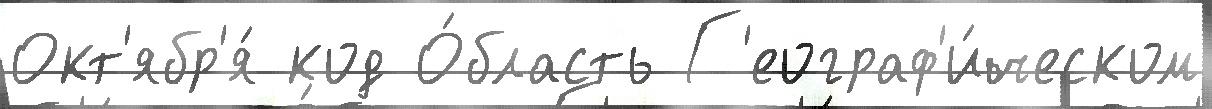
Окт'ябр'я́ код О́бласть Г'еограф'и́ческом